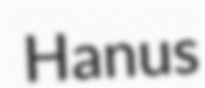
Hanus